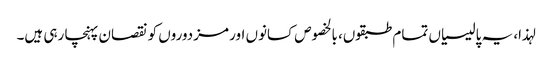
لہذا، یہ پالیسیاں تمام طبقوں، بالخصوص کسانوں اور مزدوروں کو نقصان پہنچا رہی ہیں۔